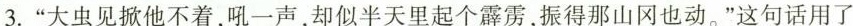
3.”大虫见掀他不着，吼一声，却似半天里起个霹雳，振得那山冈也动。”这句话用了